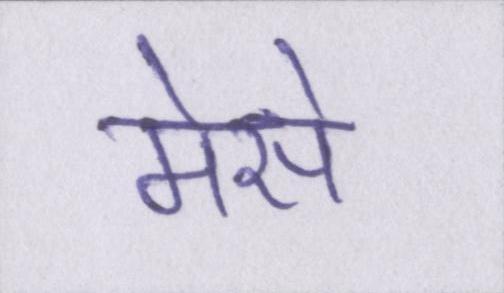
मेसे